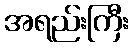
အရည်းကြီး